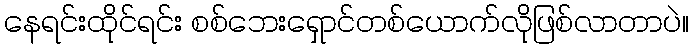
နေရင်းထိုင်ရင်း စစ်ဘေးရှောင်တစ်ယောက်လိုဖြစ်လာတာပဲ။